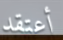
أعتقد